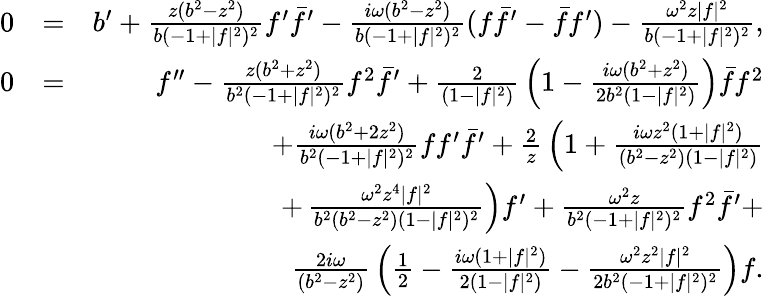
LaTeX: \begin{array}{rlr}{0}&{=}&{b^{\prime}+{\frac{z(b^{2}-z^{2})}{b(-1+|f|^{2})^{2}}}f^{\prime}\bar{f}^{\prime}-{\frac{i\omega(b^{2}-z^{2})}{b(-1+|f|^{2})^{2}}}(f\bar{f}^{\prime}-\bar{f}f^{\prime})-{\frac{\omega^{2}z|f|^{2}}{b(-1+|f|^{2})^{2}}},}\\ {0}&{=}&{f^{\prime\prime}-{\frac{z(b^{2}+z^{2})}{b^{2}(-1+|f|^{2})^{2}}}f^{2}\bar{f}^{\prime}+{\frac{2}{(1-|f|^{2})}}\left(1-{\frac{i\omega(b^{2}+z^{2})}{2b^{2}(1-|f|^{2})}}\right)\bar{f}f^{2}}\\ &{}&{+{\frac{i\omega(b^{2}+2z^{2})}{b^{2}(-1+|f|^{2})^{2}}}ff^{\prime}\bar{f}^{\prime}+{\frac{2}{z}}\left(1+{\frac{i\omega z^{2}(1+|f|^{2})}{(b^{2}-z^{2})(1-|f|^{2})}}\right.}\\ &{}&{+\left.{\frac{\omega^{2}z^{4}|f|^{2}}{b^{2}(b^{2}-z^{2})(1-|f|^{2})^{2}}}\right)f^{\prime}+{\frac{\omega^{2}z}{b^{2}(-1+|f|^{2})^{2}}}f^{2}\bar{f}^{\prime}+}\\ &{}&{{\frac{2i\omega}{(b^{2}-z^{2})}}\left(\frac{1}{2}-{\frac{i\omega(1+|f|^{2})}{2(1-|f|^{2})}}\right.-\left.{\frac{\omega^{2}z^{2}|f|^{2}}{2b^{2}(-1+|f|^{2})^{2}}}\right)f.}\end{array}